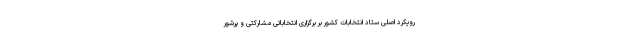
رویکرد اصلی ستاد انتخابات کشور بر برگزاری انتخاباتی مشارکتی و پرشور